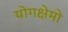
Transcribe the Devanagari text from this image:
योगक्षेमो